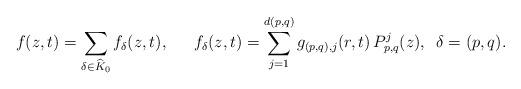
LaTeX: \begin{align*}f(z,t) = \sum_{\delta \in \widehat{K}_0} f_\delta(z,t),\,\,\,\, \,\, \,\,\, f_\delta(z,t) = \sum_{j=1}^{d(p,q)}g_{(p,q),j}(r,t)\, P_{p,q}^j(z), \,\,\, \delta = (p,q).\end{align*}